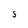
Character: 5